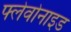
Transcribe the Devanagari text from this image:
फ्लेवोनाइड